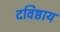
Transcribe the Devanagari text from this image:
दविष्ठाय